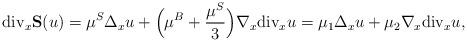
LaTeX: \begin{align*}\mathrm{div}_x\mathbf{S}(u)=\mu^S\Delta_xu+\Big(\mu^B+\frac{\mu^S}{3}\Big)\nabla_x\mathrm{div}_xu=\mu_1\Delta_xu+\mu_2\nabla_x\mathrm{div}_xu,\end{align*}